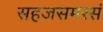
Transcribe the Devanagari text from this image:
सहजसमरसं